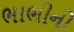
ભાભીનો